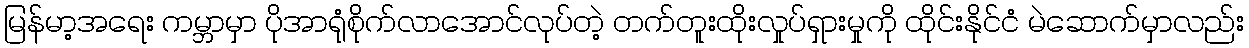
မြန်မာ့အရေး ကမ္ဘာမှာ ပိုအာရုံစိုက်လာအောင်လုပ်တဲ့ တက်တူးထိုးလှုပ်ရှားမှုကို ထိုင်းနိုင်ငံ မဲဆောက်မှာလည်း